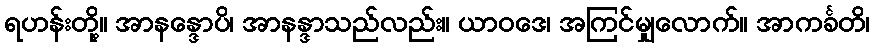
ရဟန်းတို့။ အာနန္ဒောပိ၊ အာနန္ဒာသည်လည်း။ ယာဝဒေ၊ အကြင်မျှလောက်။ အာကင်္ခတိ၊